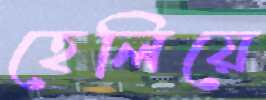
হেলিয়ে